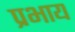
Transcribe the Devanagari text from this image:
प्रभाय